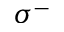
\sigma ^ { - }